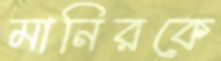
মানিরকে